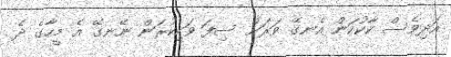
އަދިވެސް ކާކުކަން އެނގޭ ވަރަށް ސިފަ ވަކިކުރަން ނޭނގޭ އެ މީހާގެ ދެ